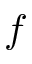
f